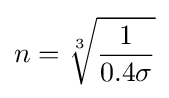
n={\sqrt[{3}]{\frac {1}{0.4\sigma }}}